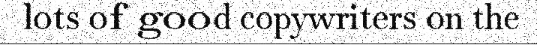
lots of good copywriters on the